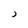
Character: J